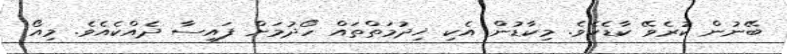
ބޭނުން ކުރެވޭ ކާޑެކެވެ. މިކާޑުން އެކި ޚިދުމަތްތައް ހޯދުމަށް ފައިސާ ދެއްކެއެވެ. މިއޯ